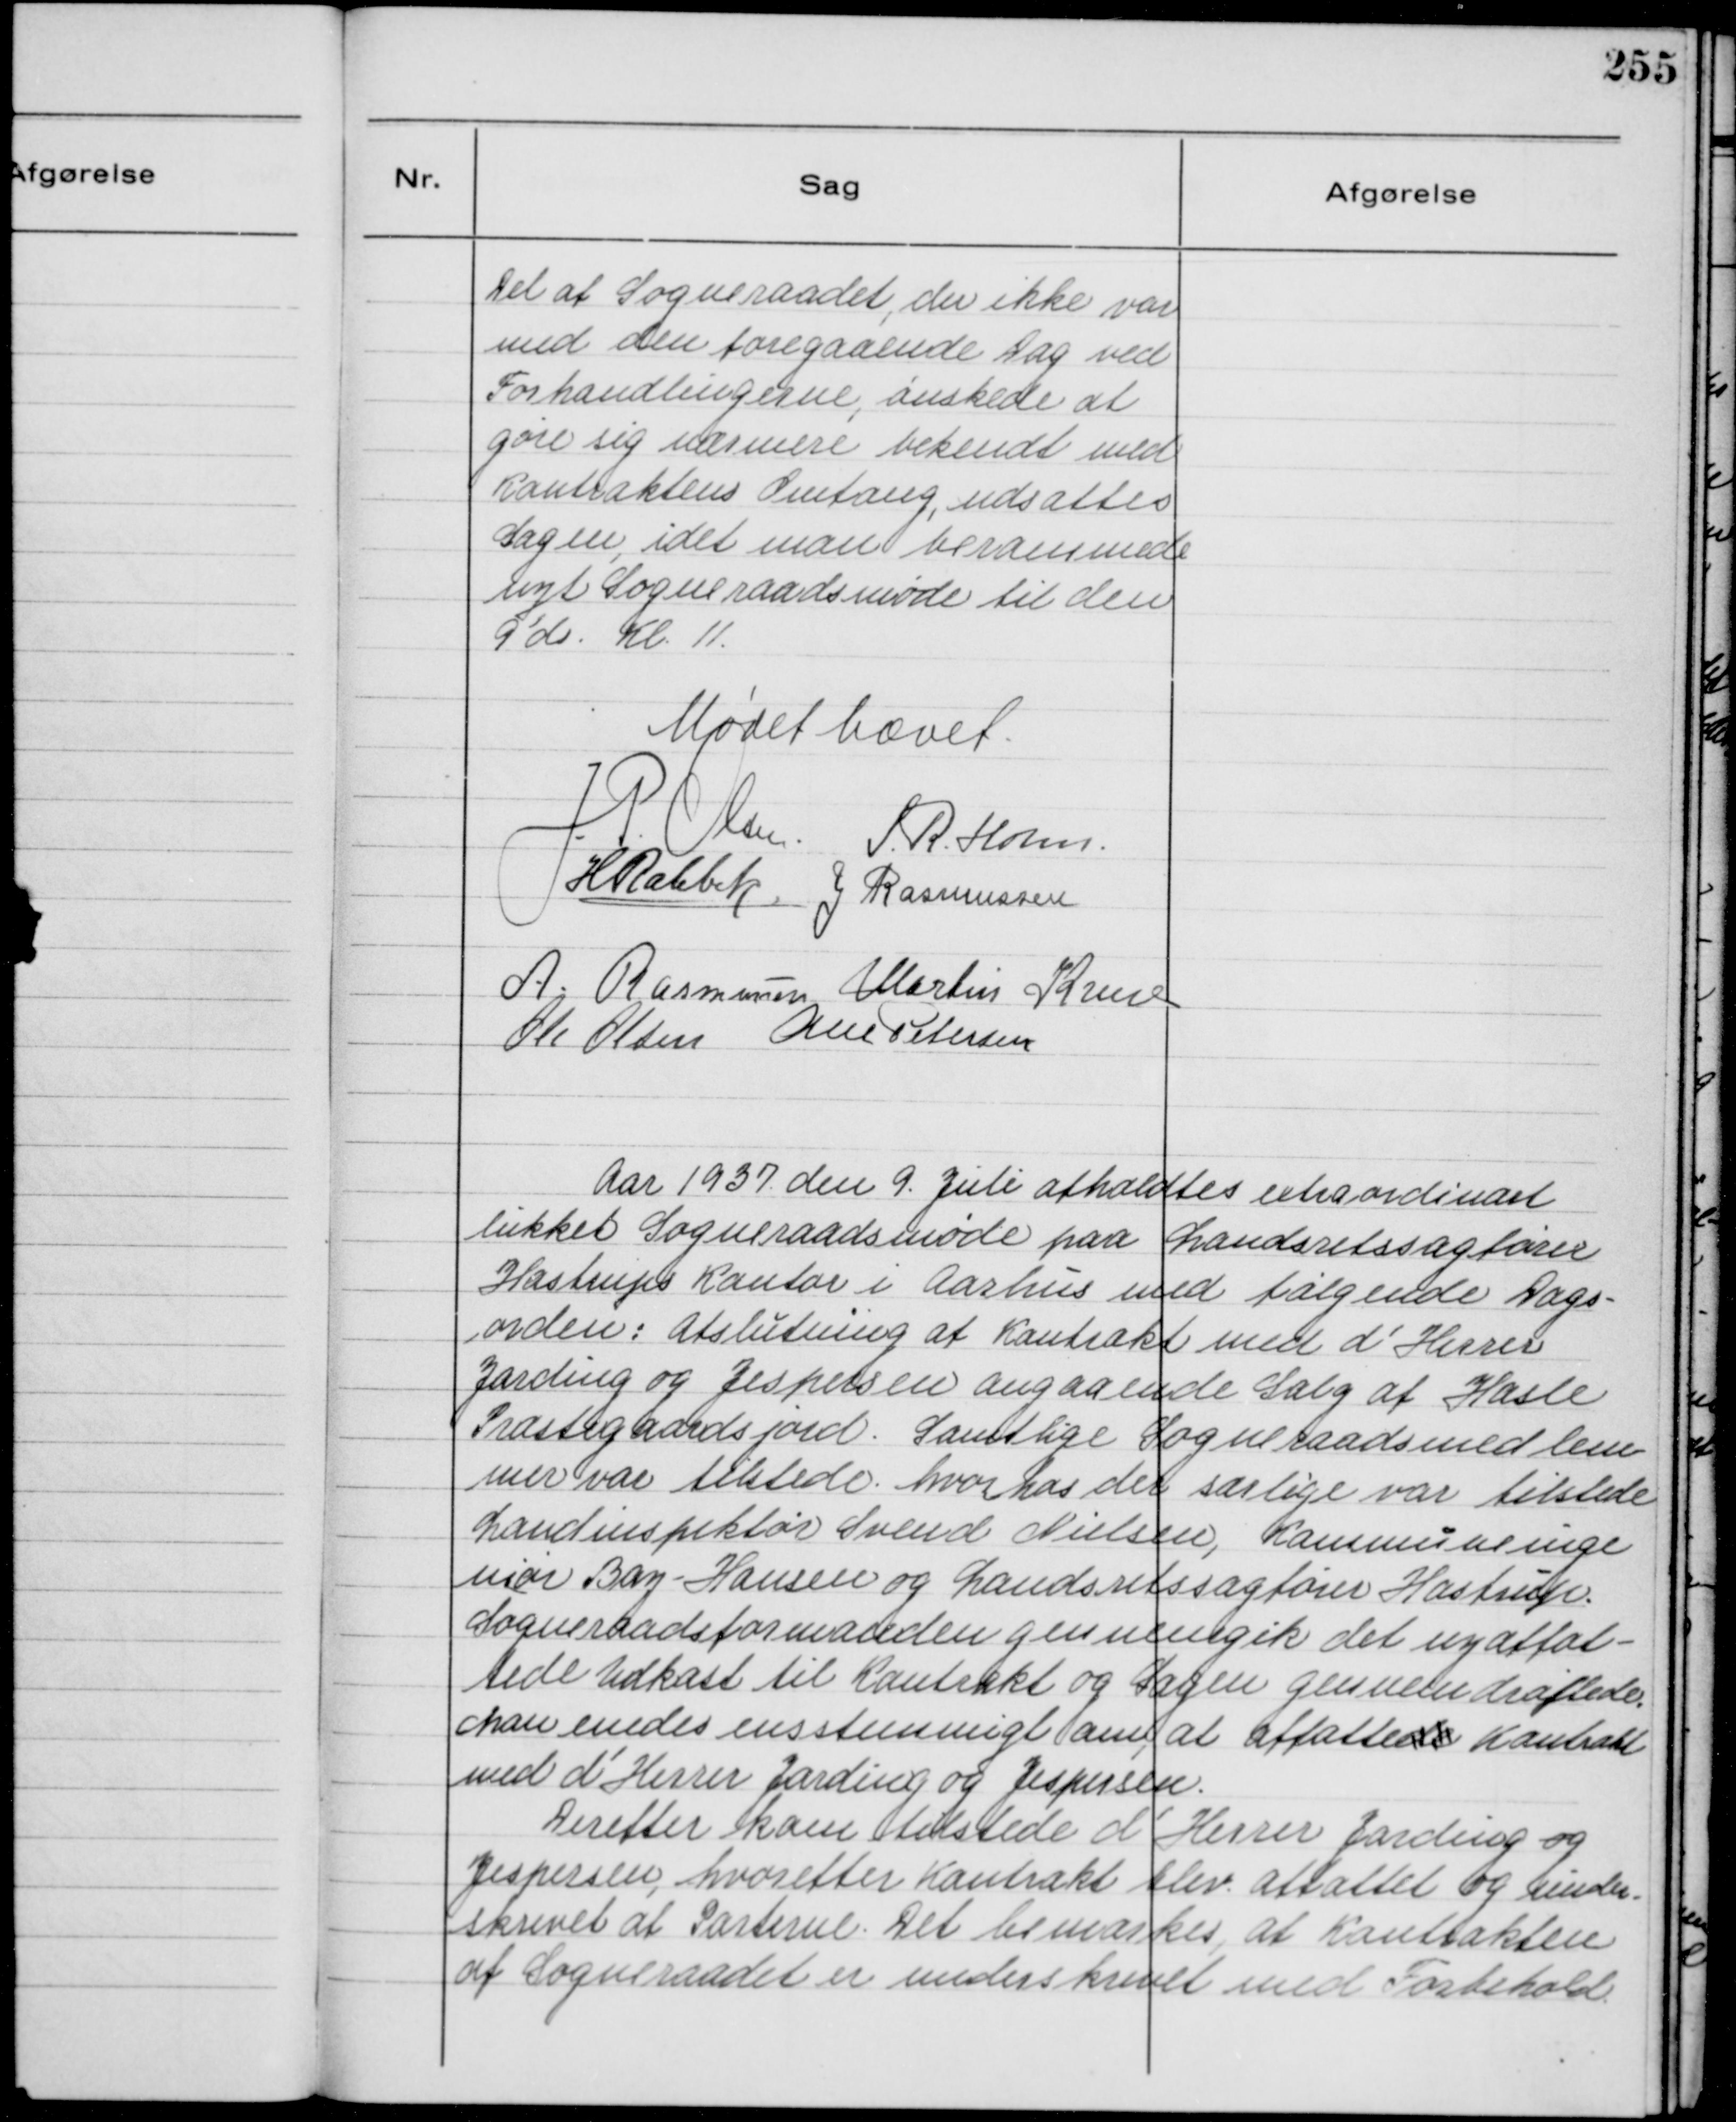
Transskription:
Del af Sogneraadet, der ikke var
med den foregaaende Dag ved
Forhandlingerne, ønskede at
gøre sig nærmere bekendt med
Kontraktens Omfang, udsattes
Sagen, idet man berammede
nyt Sogneraadsmøde til den
9' ds. Kl. 11.

Mødet hævet.
J. P. Olsen.
S. R. Holm
H Rahbek.
J. Rasmussen
A. Rasmussen.
Martin Kruse
Ole Olsen
Alex Petersen

Aar 1937. den 9. Juli afholdtes extraordinært
lukket Sogneraadsmøde paa Landsretssagfører
Hastrups Kontor i Aarhus med følgende Dags-
orden: Afslutning af Kontrakt med d' Herrer
Jarding og Jespersen angaaende Salg af Hasle
Præstegaardsjord. Samtlige Sogneraadsmedlem-
mer var tilstede hvorhos der særlige var tilstede
Landinspektør Svend Nielsen, Kommuneinge
niør Bay-Hansen og Landsretssagfører Hastrup.
Sogneraadsformanden gennemgik det nyaffat-
tede Udkast til Kontrakt og Sagen gennemdrøftede.
Man enedes ensstemmigt om at affattede Kontrakt
med d
'
Herrer Jarding og Jespersen.
Derefter kom tilstede d' Hesser Jarding og
Jespersen, hvorefter Kontrakt blev affattet og under-
skrevet af Parterne. Det bemærkes, at Kontrakten
af Sogneraadet er underskrevet med Forbehold.